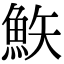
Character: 𩶇